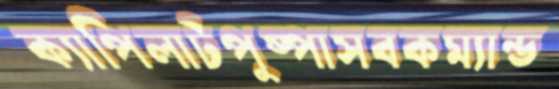
ক্যাপিলাটপুষ্পাসবকম্যান্ড